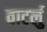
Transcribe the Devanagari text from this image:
वाटर्लु